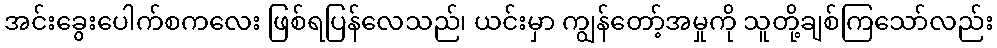
အင်းခွေးပေါက်စကလေး ဖြစ်ရပြန်လေသည်၊ ယင်းမှာ ကျွန်တော့်အမှုကို သူတို့ချစ်ကြသော်လည်း